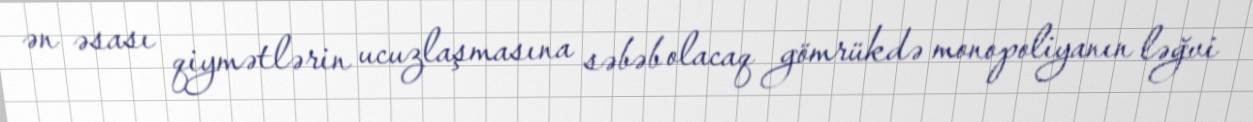
ən əsası qiymətlərin ucuzlaşmasına səbəb olacaq gömrükdə monopoliyanın ləğvi